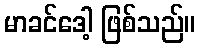
မာခင်ဒေါ့ ဖြစ်သည်။